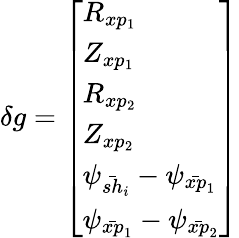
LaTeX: \delta g=\left[\begin{array}{l}{R_{xp_{1}}}\\ {Z_{xp_{1}}}\\ {R_{xp_{2}}}\\ {Z_{xp_{2}}}\\ {\psi_{\bar{sh}_{i}}-\psi_{\bar{xp}_{1}}}\\ {\psi_{\bar{xp}_{1}}-\psi_{\bar{xp}_{2}}}\end{array}\right]